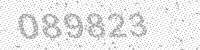
Solution: 089823